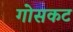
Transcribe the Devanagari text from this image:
गोसकट